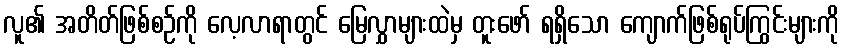
လူ၏ အတိတ်ဖြစ်စဉ်ကို လေ့လာရာတွင် မြေလွှာများထဲမှ တူးဖော် ရရှိသော ကျောက်ဖြစ်ရုပ်ကြွင်းများကို